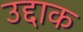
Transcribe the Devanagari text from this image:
उद्दाक